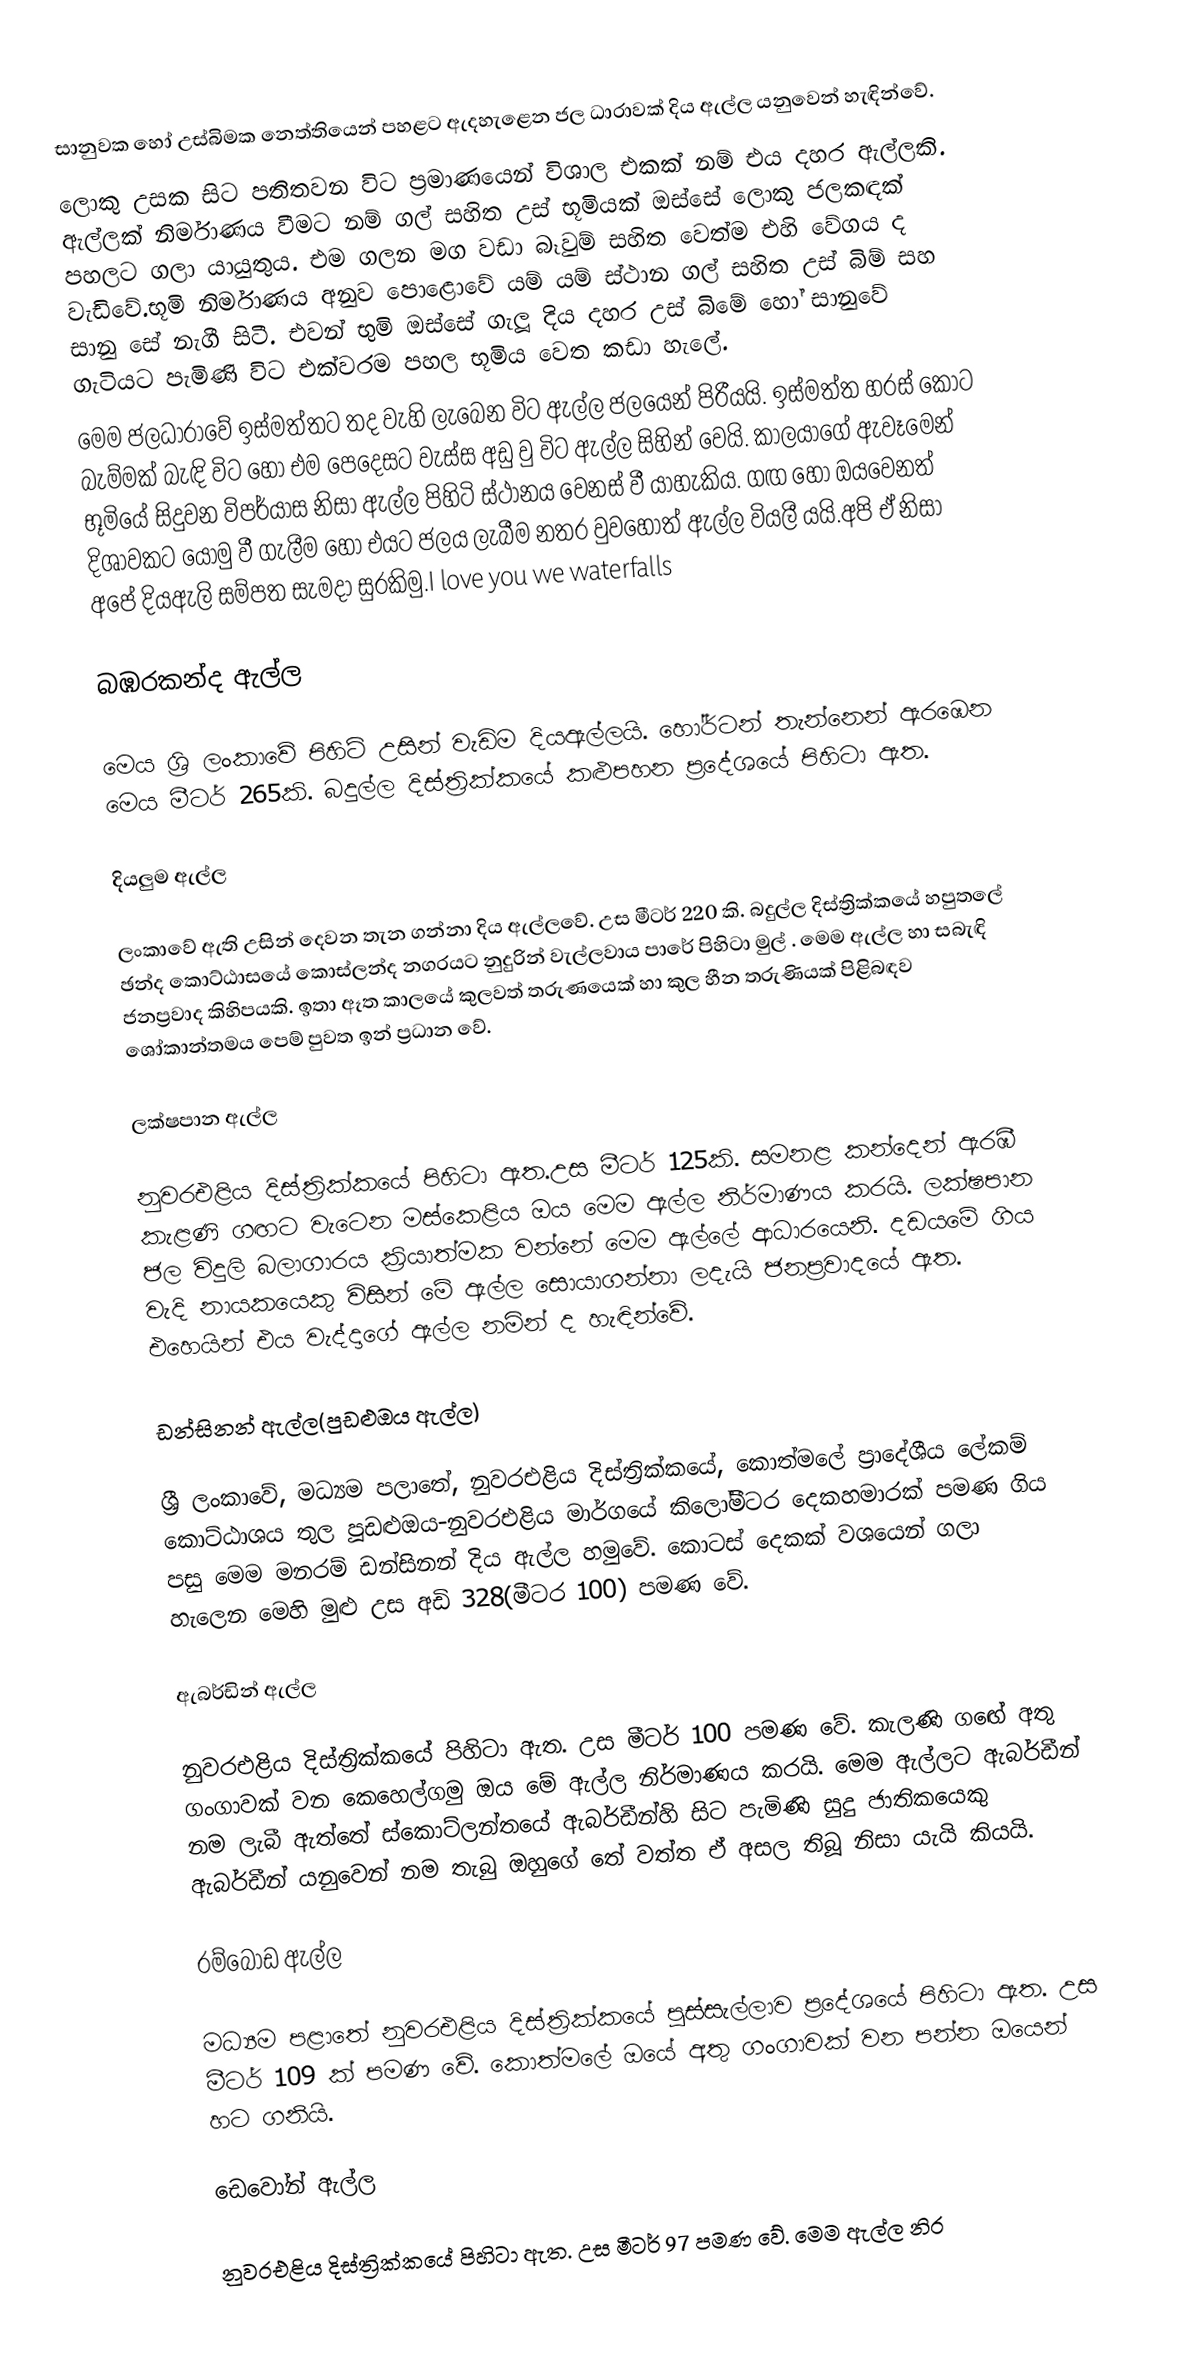
සානුවක ‍හෝ උස්බිමක නෙත්තියෙන් පහළට ඇදහැළෙන ජල ධාරාවක් දිය ඇල්ල යනුවෙන් හැඳින්වේ.
ලොකු උසක සිට පතිතවන විට ප්‍රමාණයෙන් විශාල එකක් නම් එය දහර ඇල්ලකි. ඇල්ලක් නිර්මාණය වීමට නම් ගල් සහිත උස් භූමියක් ඔස්සේ ලොකු ජලකඳක් පහලට ගලා යායුතුය. එම ගලන මග වඩා බෑවුම් සහිත වෙත්ම එහි වේගය ද වැඩිවේ.භූමි නිර්මාණය අනුව පොළොවේ යම් යම් ස්ථාන ගල් සහිත උස් බිම් සහ සානු සේ නැගී සිටී. එවන් භුමි ඔස්සේ ගැලූ දිය දහර උස් බිමේ හෝ සානුවේ ගැටියට පැමිණි විට එක්වරම පහල භූමිය වෙත කඩා හැලේ.
මෙම ජලධාරාවේ ඉස්මත්තට තද වැහි ලැබෙන විට ඇල්ල ජලයෙන් පිරීයයි. ඉස්මත්ත හරස් කොට බැම්මක් බැඳි විට හෝ එම පෙදෙසට වැස්ස අඩු වු විට ඇල්ල සිහින් වෙයි. කාලයාගේ ඇවෑමෙන් භූමියේ සිදුවන විපර්යාස නිසා ඇල්ල පිහිටි ස්ථානය වෙනස් වී යාහැකිය. ගඟ හෝ ඔයවෙනත් දිශාවකට යොමු වී ගැලීම හෝ එයට ජලය ලැබීම නතර වුවහොත් ඇල්ල වියලී යයි.අපි ඒ නිසා අපේ දියඇලි  සම්පත සැමදා සුරකිමු.I love you we waterfalls

බඹරකන්ද ඇල්ල

මෙය ශ්‍රි ලංකාවේ පිහිටි උසින් වැඩිම දි‍යඇල්ලයි. හෝර්ටන් තැන්නෙන් ඇරඹෙන මෙය මී‍ටර් 265කි. බදුල්ල දිස්ත්‍රික්කයේ කළුපහන ප්‍රදේශයේ පිහිටා ඇත.

දියලුම ඇල්ල

ලංකාවේ ඇති උසින් දෙවන තැන ගන්නා දිය ඇල්ලවේ. උස මීටර් 220 කි. බදුල්ල දිස්ත්‍රික්කයේ හපුතලේ ඡන්ද කොට්ඨාසයේ කොස්ලන්ද නගරයට නුදුරින් වැල්ලවාය පාරේ පිහිටා මුල් . මෙම ඇල්ල හා සබැඳි ජනප්‍රවාද කිහිපයකි. ඉතා ඈත කාලයේ කුලවත් තරුණයෙක් හා කුල හීන තරුණියක් පිළිබඳව ශෝකාන්තමය පෙම් පුවත ඉන් ප්‍රධාන වේ.

ලක්ෂපාන ඇල්ල

නුවරඑළිය දිස්ත්‍රික්කයේ පිහි‍ටා ඇත.උස මීටර් 125කි. සමනළ කන්දෙන් ඇරඹී ‍කැළණි ගඟට වැටෙන මස්කෙළිය ඔය මෙම ඇල්ල නිර්මාණය කරයි. ලක්ෂපාන ජල විදුලි බලාගාරය ක්‍රියාත්මක වන්නේ මෙම ඇල්ලේ ආධාරයෙනි. දඩයමේ ගිය වැදි නායකයෙකු විසින් මේ ඇල්ල සොයාගන්නා ලදැයි ජනප්‍රවාදයේ ඇත. එහෙයින් එය වැද්දාගේ ඇල්ල නමින් ද හැඳින්වේ.

ඩන්සිනන් ඇල්ල(පුඩළුඔය ඇල්ල)

ශ්‍රී ලංකාවේ, මධ්‍යම පලාතේ, නුවරඑළිය දිස්ත්‍රික්කයේ, කොත්මලේ ප්‍රාදේශීය ලේකම් කොට්ඨාශය තුල පූඩළුඔය-නුවරඑළිය මාර්ගයේ කිලෝමීටර දෙකහමාරක් පමණ ගිය පසු මෙම මනරම් ඩන්සිනන් දිය ඇල්ල හමුවේ. කොටස් දෙකක් වශයෙන් ගලා හැලෙන මෙහි මුළු උස අඩි 328(මීටර 100) පමණ වේ.

ඇබර්ඩින් ඇල්ල

නුවරඑළිය දිස්ත්‍රික්කයේ පිහිටා ඇත. උස මීටර් 100 පමණ වේ. කැලණි ගඟේ අතු ගංගාවක් වන කෙහෙල්ගමු ඔය මේ ඇල්ල නිර්මාණය කරයි. මෙම ඇල්ලට ඇබර්ඩීන් නම ලැබී ඇත්තේ ස්කොට්ලන්තයේ ඇබර්ඩීන්හි සිට පැමිණි සුදු ජාතිකයෙකු ඇබර්ඩීන් යනුවෙන් නම තැබු ඔහුගේ තේ වත්ත ඒ අසල තිබූ නිසා යැයි කියයි.

රම්බොඩ ඇල්ල

මධ්‍යම පළාතේ නුවරඑළිය දිස්ත්‍රික්කයේ පුස්සැල්ලාව ප්‍රදේශයේ පිහිටා ඇත. උස මීටර් 109 ක් පමණ වේ. කොත්මලේ ඔයේ අතු ගංගාවක් වන පන්න ඔයෙන් හට ගනියි.

ඩෙවෝන් ඇල්ල

නුවරඑළිය දිස්ත්‍රික්කයේ පිහිටා ඇත. උස මීටර් 97 පමණ වේ. මෙම ඇල්ල නිර